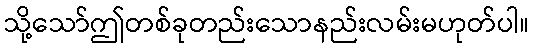
သို့သော်ဤတစ်ခုတည်းသောနည်းလမ်းမဟုတ်ပါ။